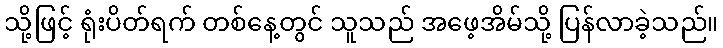
သို့ဖြင့် ရုံးပိတ်ရက် တစ်နေ့တွင် သူသည် အဖေ့အိမ်သို့ ပြန်လာခဲ့သည်။